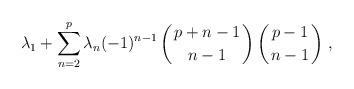
LaTeX: \begin{align*}\lambda_1+\sum_{n=2}^p\lambda_n(-1)^{n-1}\left({p+n-1\atop n-1}\right)\left({p-1\atop n-1}\right)\,,\end{align*}